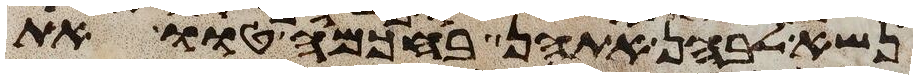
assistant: נשא לבהן אתהן בחכמה טוו את